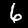
Label: 6